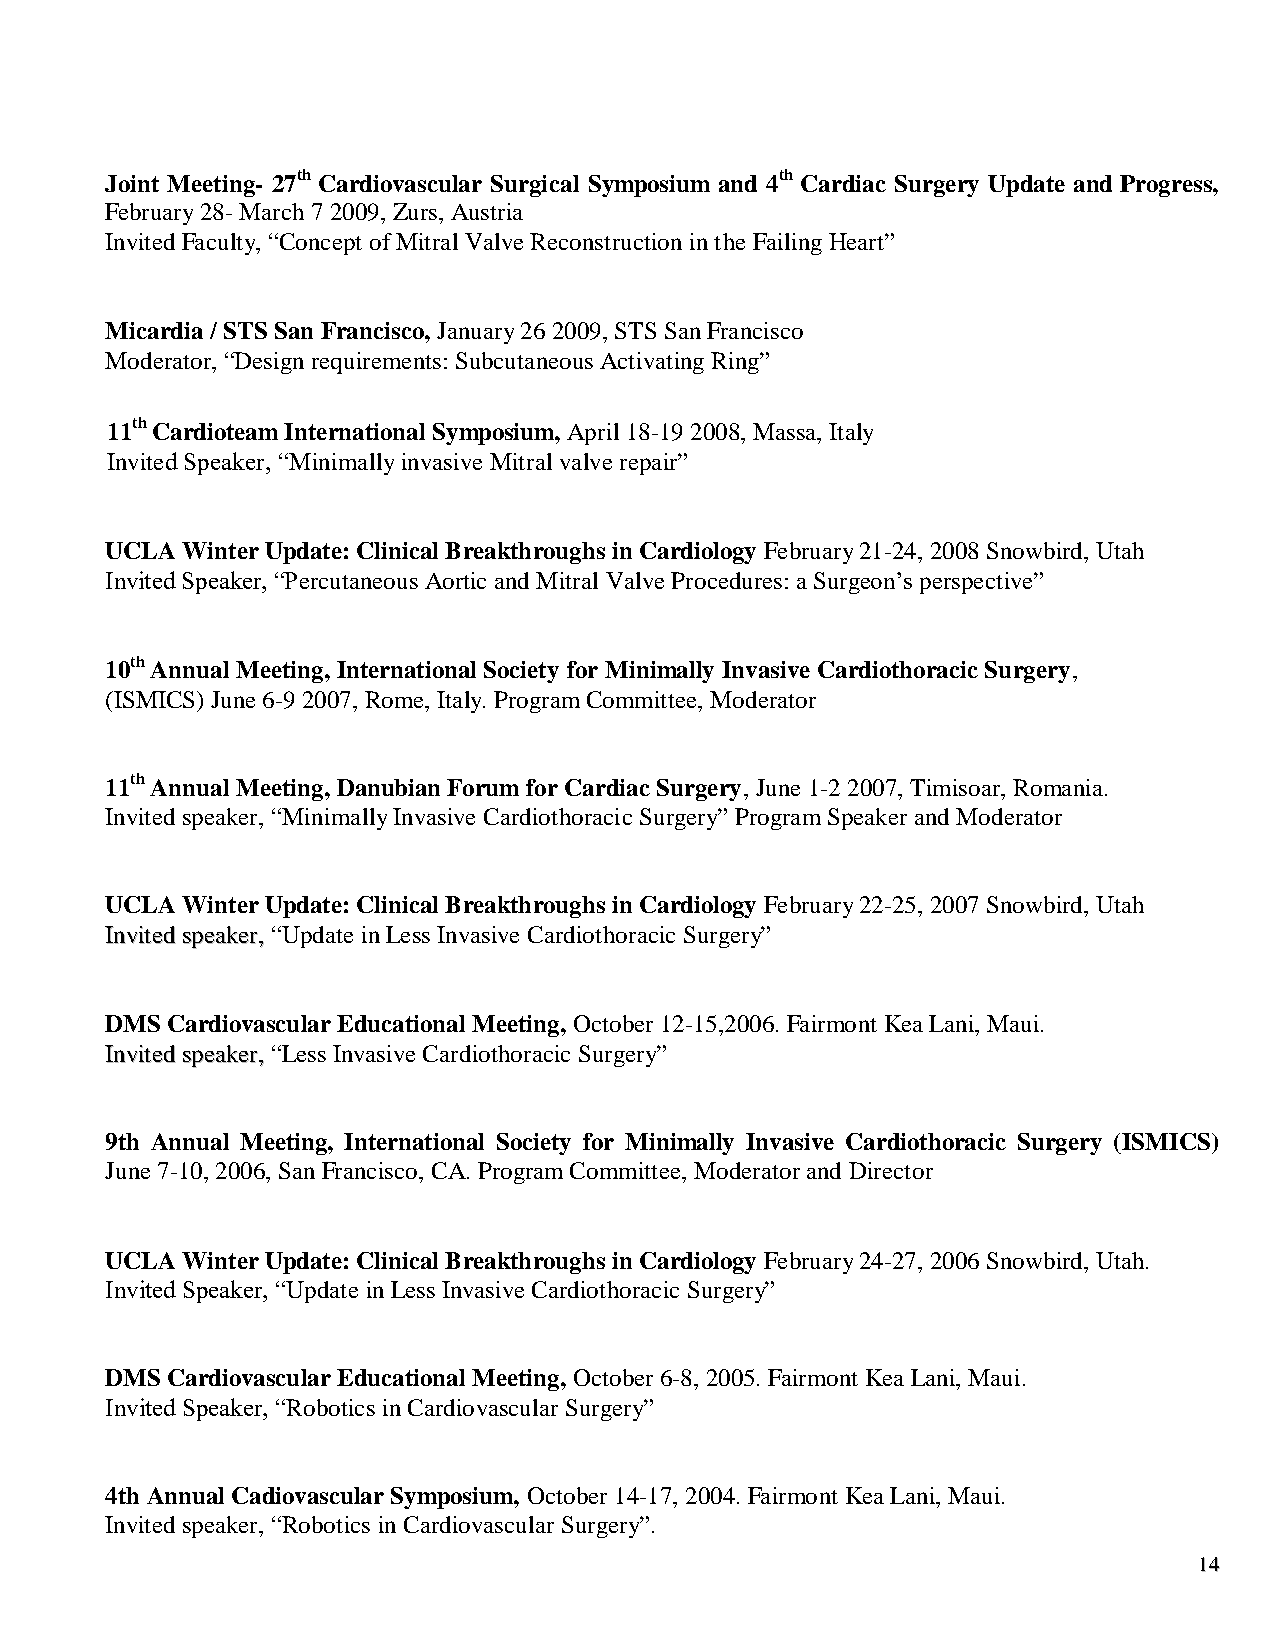
Joint Meeting- 27th Cardiovascular Surgical Symposium and 4th Cardiac Surgery Update and Progress,
 February 28- March 7 2009, Zurs, Austria
 Invited Faculty, “Concept of Mitral Valve Reconstruction in the Failing Heart”
 Micardia / STS San Francisco, January 26 2009, STS San Francisco
 Moderator, “Design requirements: Subcutaneous Activating Ring”
 11th Cardioteam International Symposium, April 18-19 2008, Massa, Italy
 Invited Speaker, “Minimally invasive Mitral valve repair”
 UCLA Winter Update: Clinical Breakthroughs in Cardiology February 21-24, 2008 Snowbird, Utah
 Invited Speaker, “Percutaneous Aortic and Mitral Valve Procedures: a Surgeon’s perspective”
 10th Annual Meeting, International Society for Minimally Invasive Cardiothoracic Surgery,
 (ISMICS) June 6-9 2007, Rome, Italy. Program Committee, Moderator
 11th Annual Meeting, Danubian Forum for Cardiac Surgery, June 1-2 2007, Timisoar, Romania.
 Invited speaker, “Minimally Invasive Cardiothoracic Surgery” Program Speaker and Moderator
 UCLA Winter Update: Clinical Breakthroughs in Cardiology February 22-25, 2007 Snowbird, Utah
 IInnvviitteedd ssppeeaakkeerr,, “Update in Less Invasive Cardiothoracic Surgery”
 DMS Cardiovascular Educational Meeting, October 12-15,2006. Fairmont Kea Lani, Maui.
 IInnvviitteedd ssppeeaakkeerr,, “Less Invasive Cardiothoracic Surgery”
 9th Annual Meeting, International Society for Minimally Invasive Cardiothoracic Surgery (ISMICS)
 June 7-10, 2006, San Francisco, CA. Program Committee, Moderator and Director
 UCLA Winter Update: Clinical Breakthroughs in Cardiology February 24-27, 2006 Snowbird, Utah.
 Invited Speaker, “Update in Less Invasive Cardiothoracic Surgery”
 DMS Cardiovascular Educational Meeting, October 6-8, 2005. Fairmont Kea Lani, Maui.
 Invited Speaker, “Robotics in Cardiovascular Surgery”
 4th Annual Cadiovascular Symposium, October 14-17, 2004. Fairmont Kea Lani, Maui.
 Invited speaker, “Robotics in Cardiovascular Surgery”.
 1144
 1144